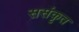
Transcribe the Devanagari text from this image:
ससंकृत